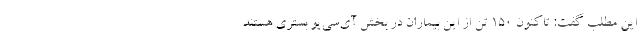
این مطلب گفت: تاکنون ۱۵۰ تن از این بیماران در بخش آی‌سی‌یو بستری هستند